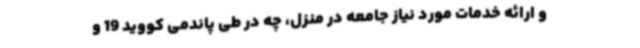
و ارائه خدمات مورد نیاز جامعه در منزل، چه در طی پاندمی کووید 19 و